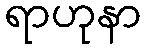
ရာဟုနာ